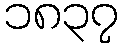
၁၈၃၇